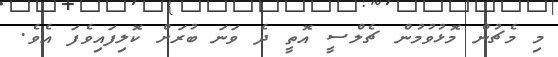
މި މެޗުން މޮޅުވުމުން ޗެލްސީ އޮތީ ދެ ވަނަ ބުރަށް ކޮލިފައިވެފަ އެވެ.